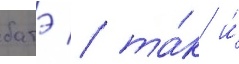
батэ / та́к и́